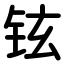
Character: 铉